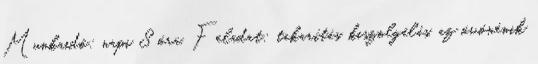
Munkaidő: napi 8 óra. Feladat: takarítás, kiszolgálás, az óvónénik